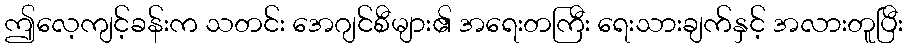
ဤလေ့ကျင့်ခန်းက သတင်း အေဂျင်စီများ၏ အရေးတကြီး ရေးသားချက်နှင့် အလားတူပြီး